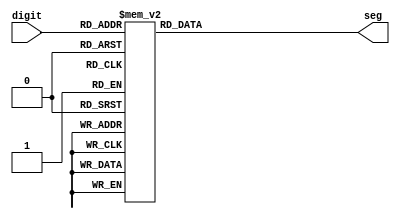
`timescale 1ns / 1ps
//////////////////////////////////////////////////////////////////////////////////
// Company: 
// Engineer: 
// 
// Design Name: 
// Module Name: bcd_decoder
// Project Name: 
// Target Devices: 
// Tool Versions: 
// Description: 
// 
// Dependencies: 
// 
// Revision:
// Revision 0.01 - File Created
// Additional Comments:
// 
//////////////////////////////////////////////////////////////////////////////////


module bcd_decoder(

   input [3:0] digit,
    output  reg [0:6] seg
  
    );
    
    

always @(*)
begin
case (digit)

4'b0000:  seg = 7'b0000001;    
4'b0001:  seg = 7'b1001111;
4'b0010:  seg = 7'b0010010;
4'b0011:  seg = 7'b0000110;
4'b0100:  seg = 7'b1001100;
4'b0101:  seg = 7'b0100100;
4'b0110:  seg = 7'b0100000;
4'b0111:  seg = 7'b0001111;
4'b1000:  seg = 7'b0000000;
4'b1001:  seg = 7'b0001100;
//4'b1010:  seg = 7'b0001000;       
//4'b1011:  seg = 7'b1100000;
//4'b1100:  seg = 7'b0110001;
//4'b1101:  seg = 7'b1000010;
//4'b1110:  seg = 7'b0110000;
//4'b1111:  seg = 7'b0111000;

default:  seg = 7'b0000001;

    endcase
    
     end 
endmodule